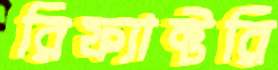
রিফ্যাক্টরি